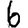
Digit: 6